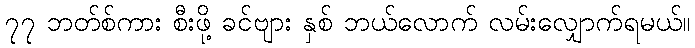
၇၇ ဘတ်စ်ကား စီးဖို့ ခင်ဗျား နှစ် ဘယ်လောက် လမ်းလျှောက်ရမယ်။